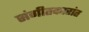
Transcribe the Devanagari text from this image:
संगीतकारांत